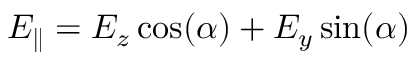
E _ { \parallel } = E _ { z } \cos ( \alpha ) + E _ { y } \sin ( \alpha )